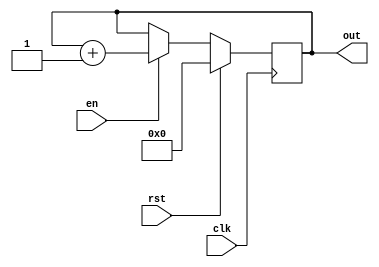
`timescale 1ns / 1ps


module Counter(
        input clk,
        input rst,
        input en,
        output reg [5:0]out
    );
    
    
    always @(posedge clk)
        begin
        if(rst) out <= 0;
        else
            begin
            if(en) out <= out + 1;
            else out <= out;
            end
        end
endmodule